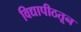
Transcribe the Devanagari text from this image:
विद्यापीठतून